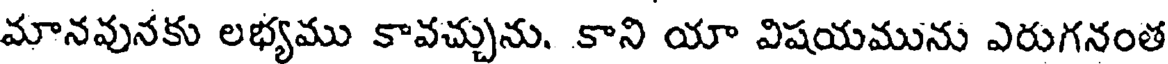
మానవునకు లభ్యము కావచ్చును. కాని యా విషయమును ఎరుగనంత